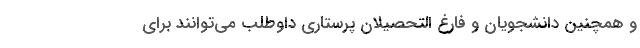
و همچنین دانشجویان و فارغ التحصیلان پرستاری داوطلب می‌توانند برای